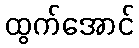
ထွက်အောင်